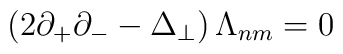
\left(2 \partial_{+} \partial_{-} - \Delta_\perp \right)\Lambda_{nm} = 0